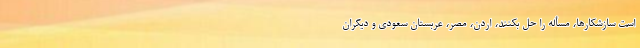
است سازشکارها، مسأله را حل بکنند، اردن، مصر، عربستان سعودی و دیگران